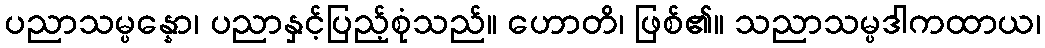
ပညာသမ္ပန္နော၊ ပညာနှင့်ပြည့်စုံသည်။ ဟောတိ၊ ဖြစ်၏။ သညာသမ္ပဒါကထာယ၊